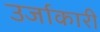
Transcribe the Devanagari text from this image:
उर्जाकारी